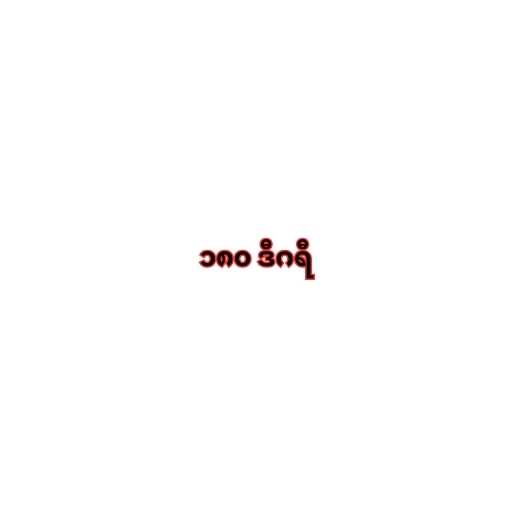
၁၈၀ ဒီဂရီ